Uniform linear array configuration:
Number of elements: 48
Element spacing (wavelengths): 0.5
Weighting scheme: blackman
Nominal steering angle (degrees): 45
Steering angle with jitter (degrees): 46.844
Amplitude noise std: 0.05
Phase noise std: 0.05

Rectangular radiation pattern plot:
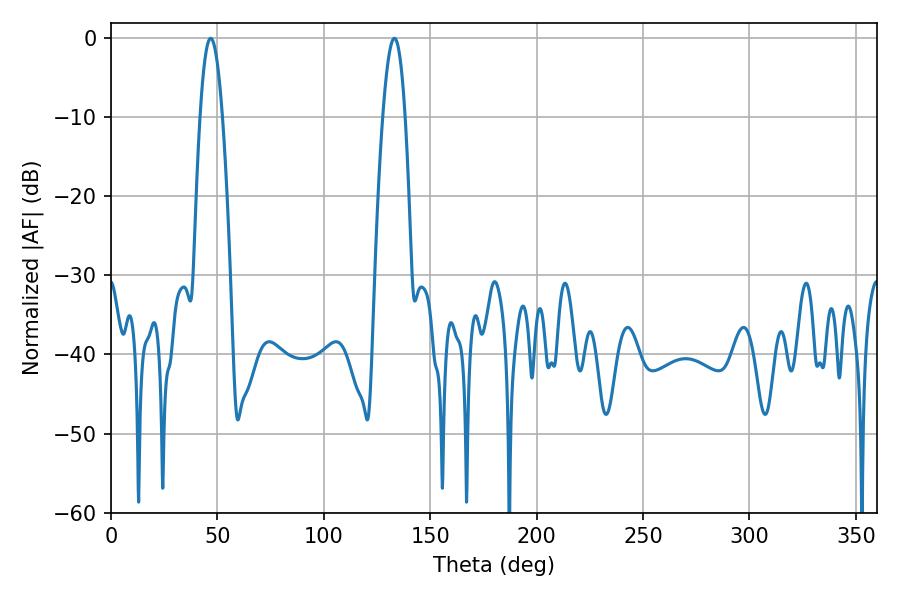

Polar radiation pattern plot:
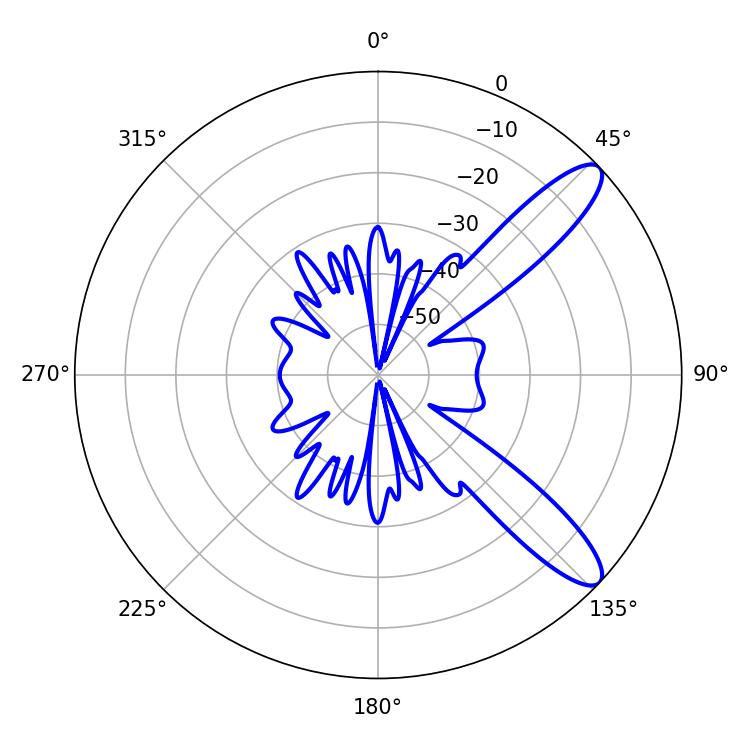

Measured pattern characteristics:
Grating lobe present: FALSE
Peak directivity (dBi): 10.997
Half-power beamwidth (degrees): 5.76
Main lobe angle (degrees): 46.8